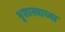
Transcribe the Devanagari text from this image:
भूशास्त्राच्या